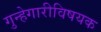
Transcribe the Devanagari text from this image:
गुन्हेगारीविषयक